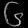
Digit: ၆